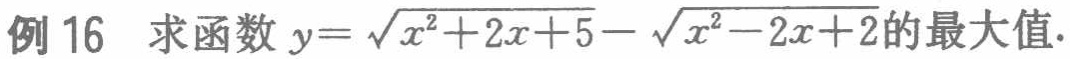
例 16 求函数 \(y = \sqrt{x^{2}+2x + 5}-\sqrt{x^{2}-2x + 2}\)的最大值.